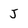
Character: J